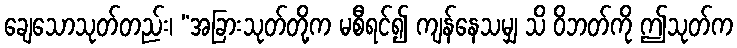
ချေသောသုတ်တည်း၊ “အခြားသုတ်တို့က မစီရင်၍ ကျန်နေသမျှ သိ ဝိဘတ်ကို ဤသုတ်က